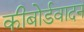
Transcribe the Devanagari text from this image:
कीबोर्डवादन